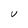
Character: V